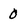
Character: 0